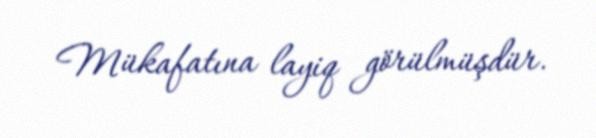
Mükafatına layiq görülmüşdür.